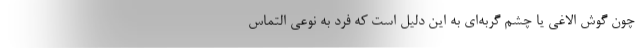
چون گوش الاغی یا چشم گربه‌ای به این دلیل است که فرد به نوعی التماس